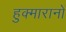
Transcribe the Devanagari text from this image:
हुक्मारानों